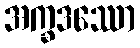
အက္ခဒဿော